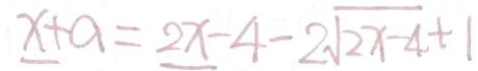
x + a = 2 x - 4 - 2 \sqrt { 2 x - 4 } + 1